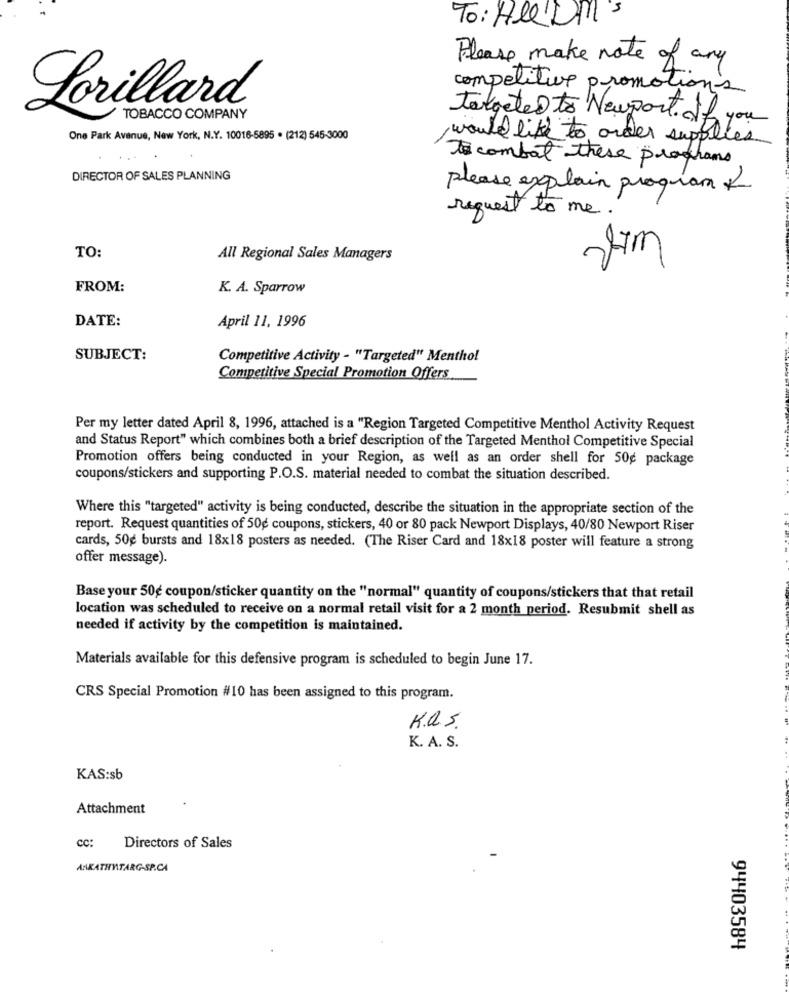
To: All Dis
Please make note of any
competitive promotions
Lorillard
TOBACCO COMPANY
taketed to Newport. If you
One Park Avenue, New York, N.Y. 10016-5895 . (212) 545-3000
would like to order supplies
to combat these programs
DIRECTOR OF SALES PLANNING
please explain program «
request to me.
TO:
All Regional Sales Managers
FROM:
K. A. Sparrow
DATE:
April 11, 1996
SUBJECT:
Competitive Activity - "Targeted" Menthol
Competitive Special Promotion Offers
Per my letter dated April 8, 1996, attached is a "Region Targeted Competitive Menthol Activity Request
and Status Report" which combines both a brief description of the Targeted Menthol Competitive Special
Promotion offers being conducted in your Region, as well as an order shell for 50g package
coupons/stickers and supporting P.O.S. material needed to combat the situation described.
Where this "targeted" activity is being conducted, describe the situation in the appropriate section of the
report. Request quantities of 50g coupons, stickers, 40 or 80 pack Newport Displays, 40/80 Newport Riser
cards, 50g bursts and 18x18 posters as needed. (The Riser Card and 18x18 poster will feature a strong
offer message).
Base your 50g coupon/sticker quantity on the "normal" quantity of coupons/stickers that that retail
location was scheduled to receive on a normal retail visit for a 2 month period. Resubmit shell as
needed if activity by the competition is maintained.
Materials available for this defensive program is scheduled to begin June 17.
CRS Special Promotion #10 has been assigned to this program.
K.a.s.
K. A. S.
KAS:sb
Attachment
cc:
Directors of Sales
ANKATHATARG-SP.CA
94403584